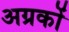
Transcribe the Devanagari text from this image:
अग्रकों